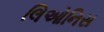
લિઓનિસ